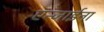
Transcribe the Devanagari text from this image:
एन्जाईना